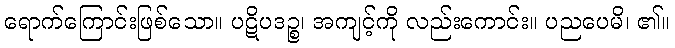
ရောက်ကြောင်းဖြစ်သော။ ပဋိပဒဉ္စ၊ အကျင့်ကို လည်းကောင်း။ ပညပေမိ၊ ၏။